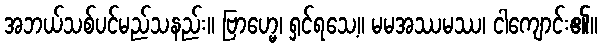
အဘယ်သစ်ပင်မည်သနည်း။ ဗြာဟ္မေ၊ ရှင်ရသေ့။ မမအဿမဿ၊ ငါကျောင်း၏။